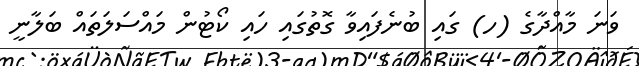
ވަނަ މާއްދާގެ (ހ) ގައި ބުނެފައިވާ ގޮތުގައި ހައި ކޯޓުން މައްސަލަތައް ބަލާނީ